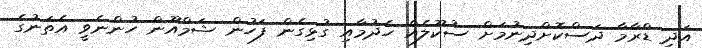
އަދި ޑްރާމާ ދަސްކޮށްދިނުމަށް ސުކޫލެއް ހެދުމާއި ގުޅިގެން ފަހުން ޝަމްއޫން ހުންނެވީ އެތަނުގެ